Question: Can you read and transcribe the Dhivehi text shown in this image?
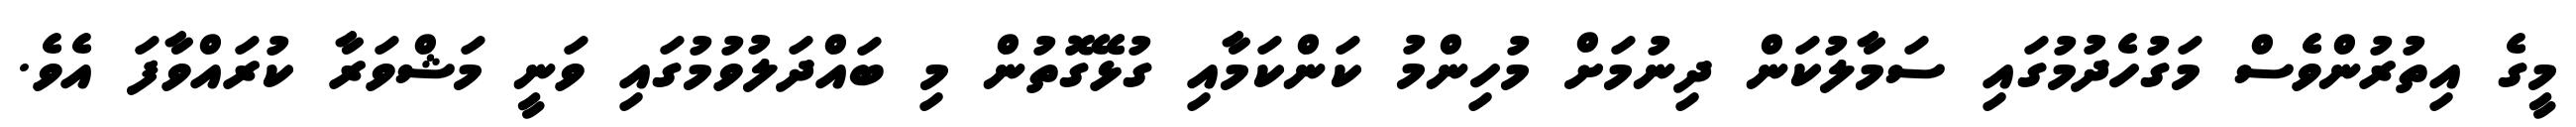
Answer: މީގެ އިތުރުންވެސް މަގުހެދުމުގައި ސަމާލުކަން ދިނުމަށް މުހިންމު ކަންކަމާއި ގުޅޭގޮތުން މި ބައްދަލުވުމުގައި ވަނީ މަޝްވަރާ ކުރައްވާފަ އެވެ.